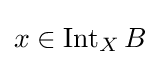
x\in \operatorname {Int} _{X}B